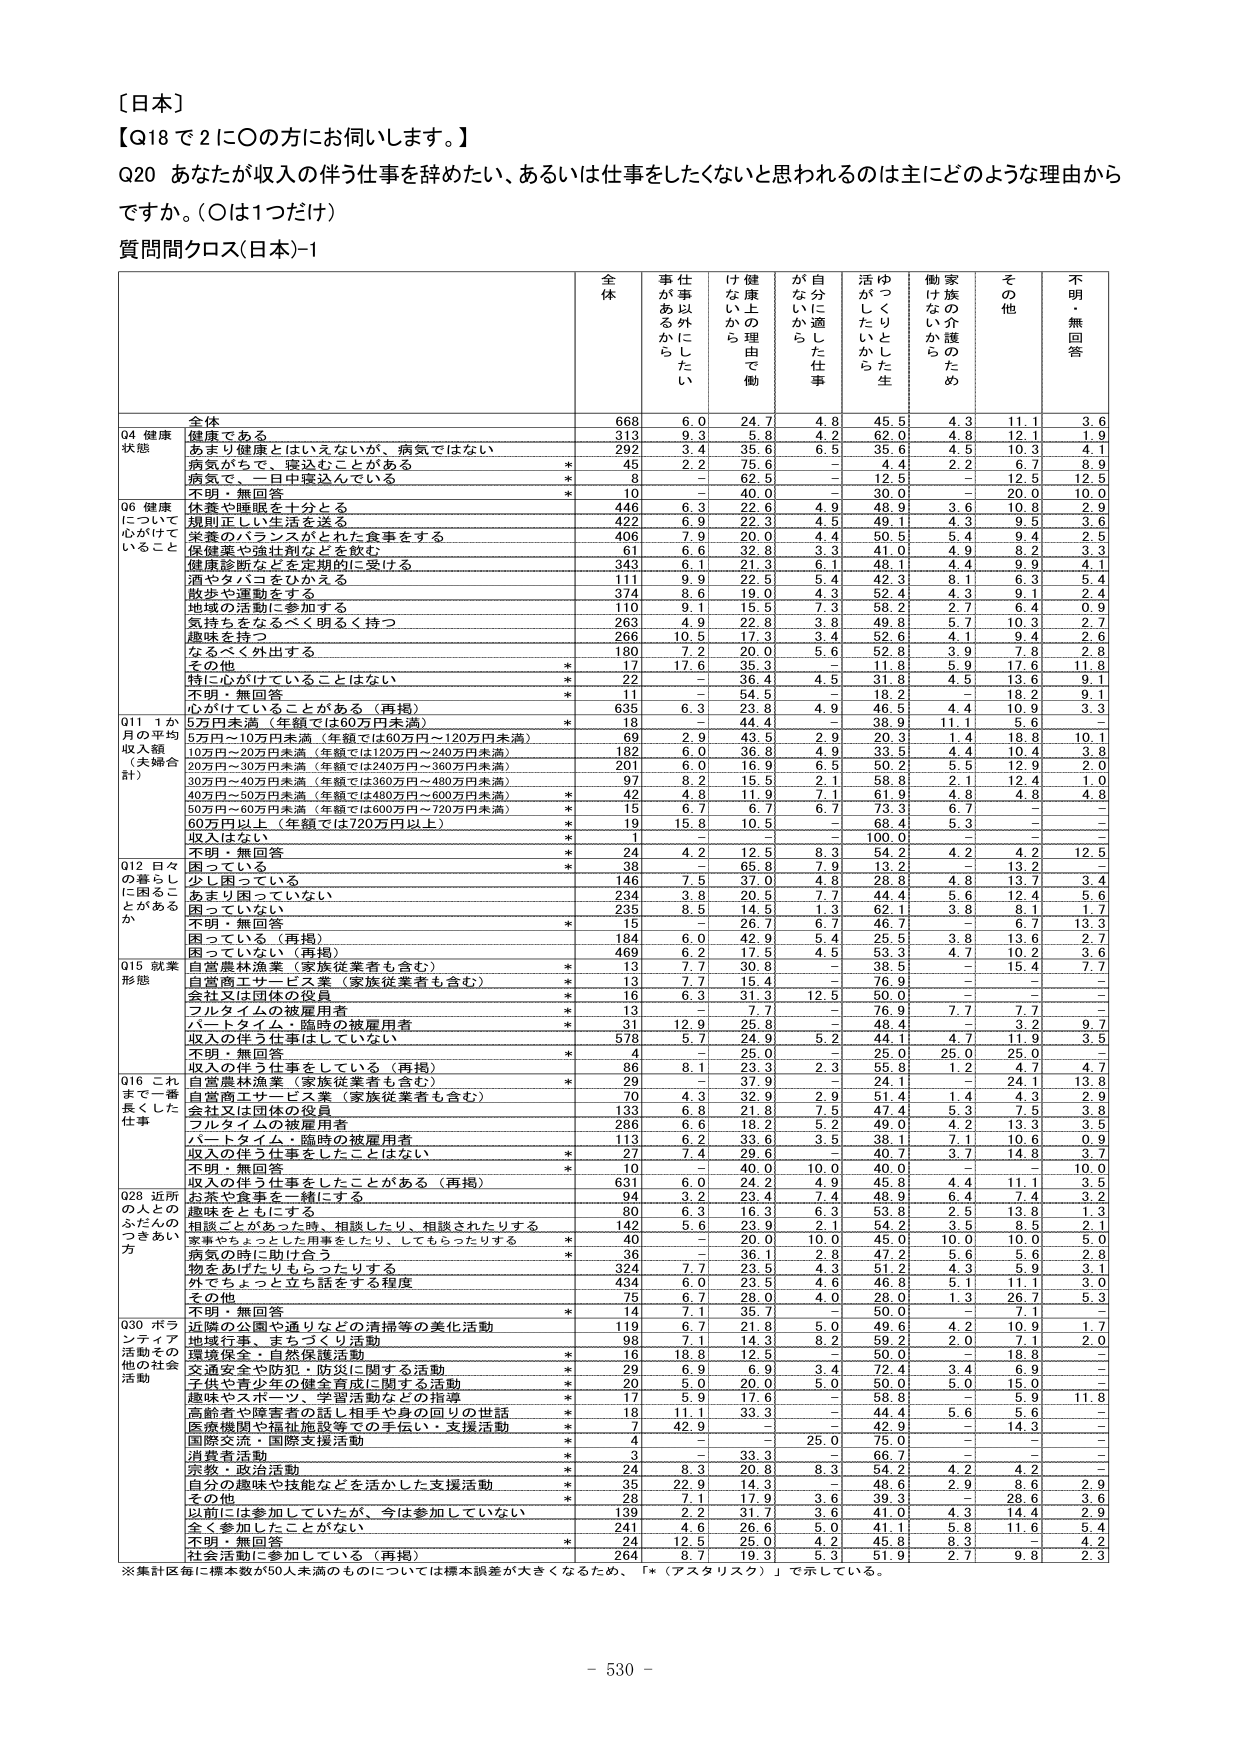
〔日本〕
【Q18 で 2 に○の方にお伺いします。】
Q20 あなたが収入の伴う仕事を辞めたい、あるいは仕事をしたくないと思われるのは主にどのような理由からですか。（○は1つだけ）
質問間クロス(日本)-1

全 体
事 が あ る か ら
仕 事 以 外 に し た い
健 康 上 の 理 由 で 働 け な い か ら
自 分 に 適 し た 仕 事 が な い か ら
活 ゆ っ く り と し た 生 か し た い か ら
働 け な い か ら
家 族 の 介 護 の た め
そ の 他
不 明 ・ 無 回 答

全 体
668
6.0
24.7
4.8
45.5
4.3
11.1
3.6

Q4 健康状態
健康である
313
9.3
5.8
4.2
62.0
4.8
12.1
1.9
あまり健康とはいえないが、病気ではない
292
3.4
35.6
6.5
35.6
4.5
10.3
4.1
病気がちで、寝込むことがある
*
45
2.2
75.6
－
4.4
2.2
6.7
8.9
病気で、一日中寝込んでいる
*
8
－
62.5
－
12.5
－
12.5
12.5
不明・無回答
*
10
－
40.0
－
30.0
－
20.0
10.0

Q6 健康について心がけていること
休養や睡眠を十分とる
446
6.3
22.6
4.9
48.9
3.6
10.8
2.9
規則正しい生活を送る
422
6.9
22.3
4.5
49.1
4.3
9.5
3.6
栄養のバランスがとれた食事をする
406
7.9
20.0
4.4
50.5
5.4
9.4
2.5
保健薬や強壮剤などを飲む
61
6.6
32.8
3.3
41.0
4.9
8.2
3.3
健康診断などを定期的に受ける
343
6.1
21.3
6.1
48.1
4.4
9.9
4.1
酒やタバコをひかえる
111
9.9
22.5
5.4
42.3
8.1
6.3
5.4
散歩や運動をする
374
8.6
19.0
4.3
52.4
4.3
9.1
2.4
地域の活動に参加する
110
9.1
15.5
7.3
58.2
2.7
6.4
0.9
気持ちをなるべく明るく持つ
263
4.9
22.8
3.8
49.8
5.7
10.3
2.7
趣味を持つ
266
10.5
17.3
3.4
52.6
4.1
9.4
2.6
なるべく外出する
180
7.2
20.0
5.6
52.8
3.9
7.8
2.8
その他
*
17
17.6
35.3
－
11.8
5.9
17.6
11.8
特に心がけていることはない
*
22
－
36.4
4.5
31.8
4.5
13.6
9.1
不明・無回答
*
11
－
54.5
－
18.2
－
18.2
9.1
心がけていることがある（再掲）
*
635
6.3
23.8
4.9
46.5
4.4
10.9
3.3

Q11 1か月の平均収入額（夫婦合計）
5万円未満（年額では60万円未満）
*
18
－
44.4
－
38.9
11.1
5.6
－
5万円～10万円未満（年額では60万円～120万円未満）
69
2.9
43.5
2.9
20.3
1.4
18.8
10.1
10万円～20万円未満（年額では120万円～240万円未満）
182
6.0
36.8
4.9
33.5
4.4
10.4
3.8
20万円～30万円未満（年額では240万円～360万円未満）
201
6.0
16.9
6.5
60.2
5.5
12.9
2.0
30万円～40万円未満（年額では360万円～480万円未満）
97
8.2
15.5
2.1
59.8
2.1
12.4
1.0
40万円～50万円未満（年額では480万円～600万円未満）
*
42
4.8
11.9
7.1
61.9
4.8
4.8
4.8
50万円～60万円未満（年額では600万円～720万円未満）
*
15
6.7
6.7
6.7
73.3
6.7
－
－
60万円以上（年額では720万円以上）
*
19
15.8
10.5
－
68.4
5.3
－
－
収入はない
*
1
－
－
－
100.0
－
－
－
不明・無回答
*
24
4.2
12.5
8.3
54.2
4.2
4.2
12.5

Q12 日々の暮らしに困ることがあるか
困っている
*
38
－
65.8
7.9
13.2
－
13.2
－
少し困っている
146
7.5
37.0
4.8
28.8
4.8
13.7
3.4
あまり困っていない
234
3.8
20.5
7.7
44.4
5.6
12.4
5.6
困っていない
235
8.5
14.5
1.3
62.1
3.8
8.1
1.7
不明・無回答
*
15
－
26.7
6.7
46.7
－
6.7
13.3
困っている（再掲）
184
6.0
42.9
5.4
25.5
3.8
13.6
2.7
困っていない（再掲）
469
6.2
17.5
4.5
53.3
4.7
10.2
3.6

Q15 就業形態
自営農林漁業（家族従業者も含む）
*
13
7.7
30.8
－
38.5
－
15.4
7.7
自営商工サービス業（家族従業者も含む）
*
13
7.7
15.4
－
76.9
－
－
－
会社又は団体の役員
*
16
6.3
31.3
12.5
50.0
－
－
－
フルタイムの被雇用者
*
13
－
7.7
－
76.9
7.7
7.7
－
パートタイム・臨時の被雇用者
*
31
12.9
25.8
－
48.4
－
3.2
9.7
収入の伴う仕事をしていない
578
5.7
24.9
5.2
44.1
4.7
11.9
3.5
不明・無回答
*
4
－
25.0
－
25.0
25.0
25.0
－
収入の伴う仕事をしている（再掲）
*
86
8.1
23.3
2.3
55.8
1.2
4.7
4.7

Q16 これまで一番長くした仕事
自営農林漁業（家族従業者も含む）
*
29
－
37.9
－
24.1
－
24.1
13.8
自営商工サービス業（家族従業者も含む）
70
4.3
32.9
2.9
51.4
1.4
4.3
2.9
会社又は団体の役員
133
6.8
21.8
7.5
47.4
5.3
7.5
3.8
フルタイムの被雇用者
286
6.6
18.2
5.2
49.0
4.2
13.3
3.5
パートタイム・臨時の被雇用者
113
6.2
33.6
3.5
38.1
7.1
10.6
0.9
収入の伴う仕事をしたことはない
*
27
7.4
29.6
－
40.7
3.7
14.8
3.7
不明・無回答
*
10
－
40.0
10.0
40.0
－
－
10.0
収入の伴う仕事をしたことがある（再掲）
631
6.0
24.2
4.9
45.8
4.4
11.1
3.5

Q28 近所の人とのふれあいのつきあい方
お茶や食事を一緒にする
94
3.2
23.4
7.4
48.9
6.4
13.8
3.2
趣味をともにする
90
6.3
16.3
6.3
53.8
2.5
13.0
1.3
相談ごとがあった時、相談したり、相談されたりする
142
5.6
23.9
2.1
54.2
3.5
8.5
2.1
家事やちょっとした用事をしたり、してもらったりする
*
40
－
20.0
10.0
45.0
10.0
10.0
5.0
病気の時に助け合う
*
36
－
36.1
2.8
47.2
5.6
5.6
2.8
物をあげたりもらったりする
324
7.7
23.5
4.3
51.2
4.3
5.9
3.1
外でちょっと立ち話をする程度
434
6.0
23.5
4.6
46.8
5.1
11.1
3.0
その他
75
6.7
28.0
4.0
28.0
1.3
26.7
5.3
不明・無回答
*
14
7.1
35.7
－
50.0
－
7.1
－

Q30 ボランティア活動その他の社会活動
近隣の公園や通りなどの清掃等の美化活動
119
6.7
21.8
5.0
49.6
4.2
10.9
1.7
地域行事、まちづくり活動
98
7.1
14.3
8.2
59.2
2.0
7.1
2.0
環境保全・自然保護活動
*
16
18.8
12.5
－
50.0
－
18.8
－
交通安全や防犯・防災に関する活動
*
20
6.9
16.9
3.4
72.4
3.4
6.9
－
子供や青少年の健全育成に関する活動
*
20
5.0
20.0
5.0
50.0
5.0
15.0
－
趣味やスポーツ、学習活動などの指導
*
17
5.9
17.6
－
58.8
－
5.9
11.8
高齢者や障害者の話し相手や身の回りの世話
*
18
11.1
33.3
－
44.4
5.6
5.6
－
医療機関や福祉施設等での手伝い・支援活動
*
7
42.9
－
－
42.9
－
14.3
－
国際交流・国際支援活動
*
4
－
－
25.0
75.0
－
－
－
消費者活動
*
3
－
33.3
－
66.7
－
－
－
宗教・政治活動
*
24
8.3
20.8
8.3
54.2
4.2
4.2
－
自分の趣味や技能などを活かした支援活動
*
35
22.9
14.3
－
48.6
2.9
8.6
2.9
その他
*
29
7.1
17.9
3.6
39.3
－
20.6
3.6
以前には参加していたが、今は参加していない
139
2.2
31.7
3.6
41.0
4.3
14.4
2.9
全く参加したことがない
241
4.6
26.6
5.0
41.1
5.8
11.6
5.4
不明・無回答
*
24
12.5
25.0
4.2
45.8
8.3
－
4.2
社会活動に参加している（再掲）
264
8.7
19.3
5.3
51.9
2.7
9.8
2.3

※集計区毎に標本数が50人未満のものについては標本誤差が大きくなるため、「*（アスタリスク）」で示している。

－ 530 －